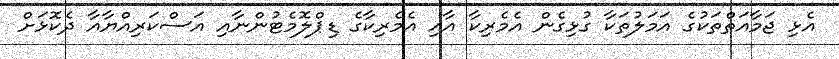
އެޅި ޖަމާއަތްތަކުގެ އަމަލުތަކާ ގުޅިގެން އެމެރިކާ އާއި އެމެރިކާގެ ޑިޕްލޮމެޓުންނާއި އަސްކަރިއްޔާއާ ދެކޮޅަށް